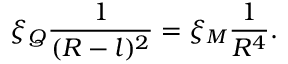
\xi _ { Q } \frac { 1 } { ( R - l ) ^ { 2 } } = \xi _ { M } \frac { 1 } { R ^ { 4 } } .